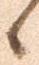
候